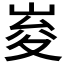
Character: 𭖨